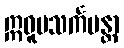
ဣဓူပသင်္ကမန္တာ